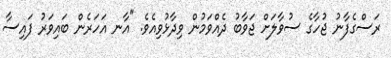
ރަސްގެފާނު ޖުހާގެ ސުވާލަށް ޖަވާބު ދެއްވަމުން ވިދާޅުވިއެވެ. "އާނ އަހަރެން ބައިވަރު ފައިސާ